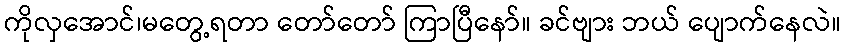
ကိုလှအောင်၊မတွေ့ရတာ တော်တော် ကြာပြီနော်။ ခင်ဗျား ဘယ် ပျောက်နေလဲ။